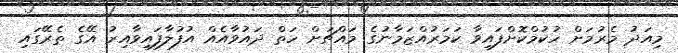
މިއަދު މެރުމަށް ހުކުމްކޮށްފައިވާ ކަމަރުއްޒަމާނުގެ މައްޗަށް ހަތް ދައުވާއެއް އުފުލާފައިވާއިރު އޭގެ ތެރޭގައި